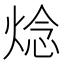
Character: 焾